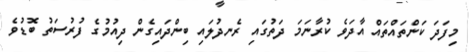
މިފަދަ ކަންތައްތައް އާދަވެ ކުރާނަމަ ދަތުގައި ރެނދުލައި ބިންދައިގެން ދިއުމުގެ ފުރުސަތު ބޮޑުވެ